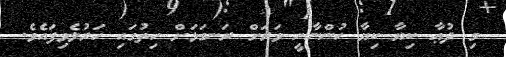
މި ދުޢާ ކިޔާ ކިޔާ ހުންނާނީ ވަރަށް ރަނގަޅަށް ހިތުގައި ހަރުލެވިފައެވެ.